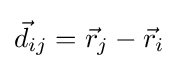
{\vec {d}}_{ij}={\vec {r}}_{j}-{\vec {r}}_{i}